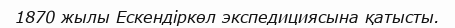
1870 жылы Ескендіркөл экспедициясына қатысты.